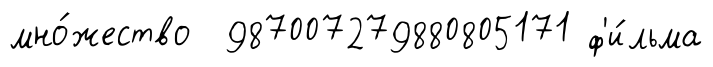
мно́жество 987007279880805171 ф'и́льма